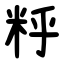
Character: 䉿